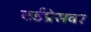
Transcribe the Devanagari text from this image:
वर्डप्रेसवर